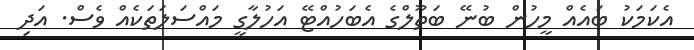
އެކަމަކު ބައެއް މީހުން ބުނޭ ބަތޫލްގެ އެބަހުއްޓޭ އަހުލާގީ މައްސަލަތަކެއް ވެސް. އަދި